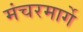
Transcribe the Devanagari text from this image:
मंचरमार्गे